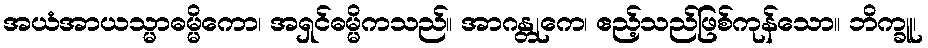
အယံအာယသ္မာဓမ္မိကော၊ အရှင်ဓမ္မိကသည်။ အာဂန္တုကေ၊ ဧည့်သည်ဖြစ်ကုန်သော။ ဘိက္ခူ၊